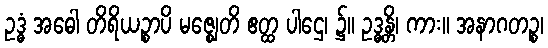
ဥဒ္ဓံ အဓေါ တိရိယဉ္စာပိ မဇ္ဈေတိ ဧတ္ထ ပါဌေ၊ ၌။ ဥဒ္ဓန္တိ၊ ကား။ အနာဂတဉ္စ၊